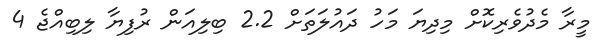
މީރާ މެދުވެރިކޮށް މިދިޔަ މަހު ދައުލަތަށް 2.2 ބިލިއަން ރުފިޔާ ލިބިއްޖެ 4